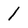
Character: l